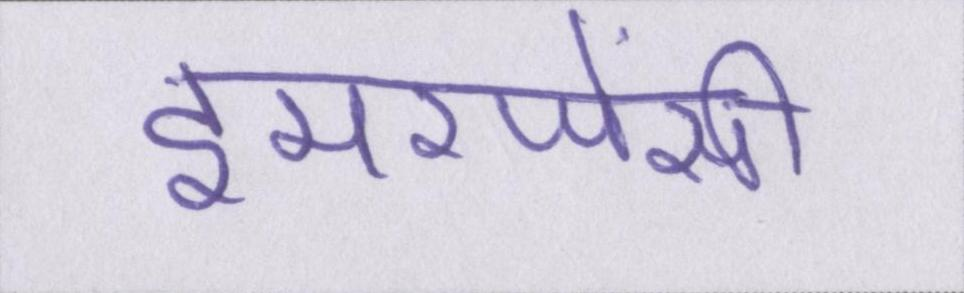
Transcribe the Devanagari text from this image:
इमरजेंसी